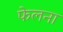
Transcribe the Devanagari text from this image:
फेलना